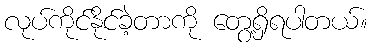
လုပ်ကိုင်နိုင်ခဲ့တာကို တွေ့ရှိရပါတယ်။